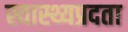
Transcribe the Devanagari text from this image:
स्वास्थ्यप्रदता